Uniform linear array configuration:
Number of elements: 12
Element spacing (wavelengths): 0.75
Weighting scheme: blackman
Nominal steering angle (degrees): -15
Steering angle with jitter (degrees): -13.882
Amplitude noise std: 0.05
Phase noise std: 0.05

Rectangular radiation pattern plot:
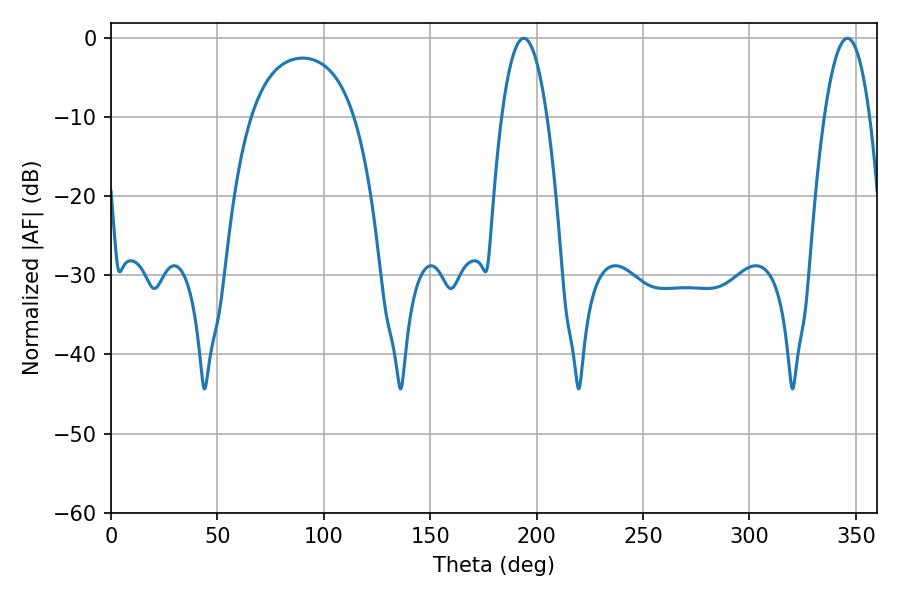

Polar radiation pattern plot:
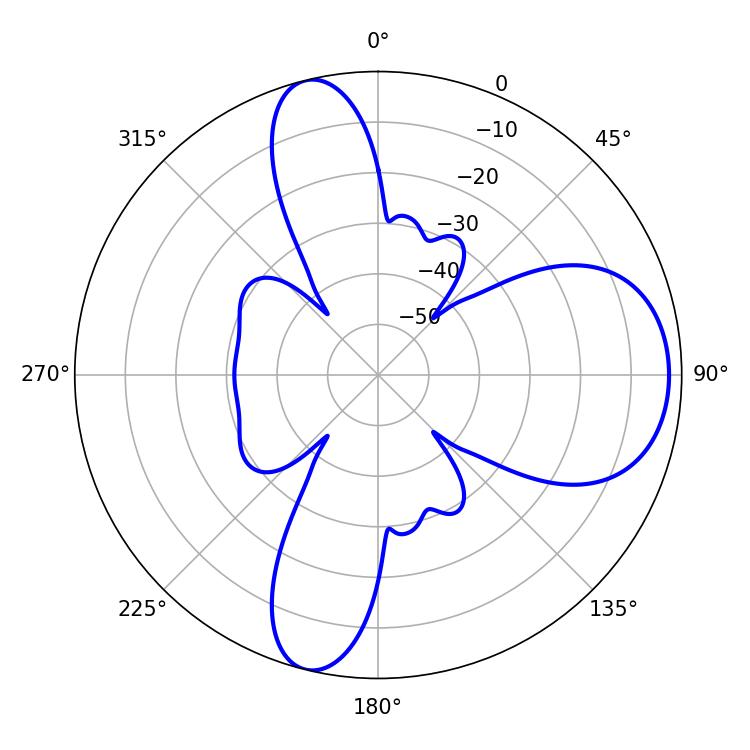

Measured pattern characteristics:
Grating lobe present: TRUE
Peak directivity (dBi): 9.624
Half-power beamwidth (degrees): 11.88
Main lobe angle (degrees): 194.04